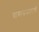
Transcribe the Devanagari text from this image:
वास्तूप्रकाराचे